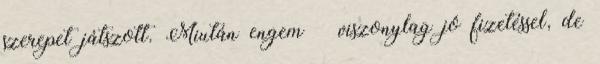
szerepet játszott. Miután engem – viszonylag jó fi­zetéssel, de